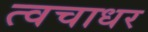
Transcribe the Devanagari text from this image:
त्वचाधर